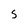
Character: S